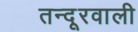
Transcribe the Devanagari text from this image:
तन्दूरवाली